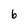
Character: 6